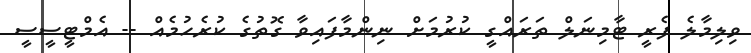
ވިލިމާލެ ފެރީ ޓާމިނަލް ތަރައްގީ ކުރުމަށް ނިންމާފައިވާ ގޮތުގެ ކުރެހުމެއް -- އެމްޓީސީސީ